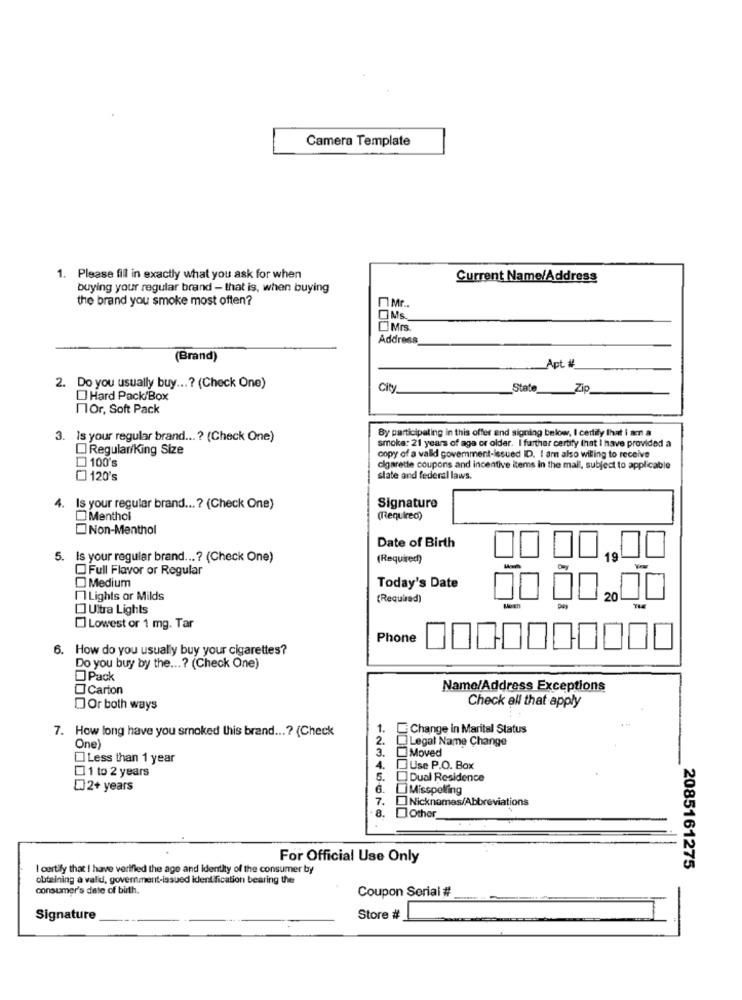
Camera Template
1. Please fill in exactly what you ask for when
Current Name/Address
buying your regular brand - that is, when buying
the brand you smoke most often?
Mr.
CIMS.
Address
(Brand)
Apt #
2. Do you usually buy ...? (Check One)
City
State
Zip
Hard Pack/Box
nor, Soft Pack
By participating in this offer and signing below, I certify that I am a
3. Is your regular brand ... ? (Check One)
Regular/King Size
smoke: 21 years of age or older. I further certify that I have provided a
copy of a valld govemment-issued ID. I am also willing to receive
100's
cigarette coupons and incentive items in the mall, subject to applicable
120's
slate and federal laws.
4. Is your regular brand ... ? (Check One)
Signature
Menthol
(Required)
Non-Menthol
Date of Birth
5. Is your regular brand ...? (Check One)
(Required)
19
OFull Flavor or Regular
Medium
Today's Date
Lights or Milds
(Required)
20
Ultra Lights
Lowest or 1 mg. Tar
Phone
. How do you usually buy your cigarettes?
Do you buy by the ...? (Check One)
Pack
Carton
Name/Address Exceptions
Check all that apply
DOr both ways
7. How long have you smoked this brand ...? (Check
1.
Change in Marital Status
One)
2.
@Legal Name Change
3.
Moved
Less than 1 year
1 to 2 years
4.
OUse P.O. Box
5.
Dual Residence
[]2+ years
6.
Misspelling
7.
Nicknames/Abbreviations
8.
Other
For Official Use Only
I certify that I have verified the age and Identity of the consumer by
2085161275
obtaining a valid, government-issued identification bearing the
consumer's date of birth.
Coupon Serial #
Signature
Store #